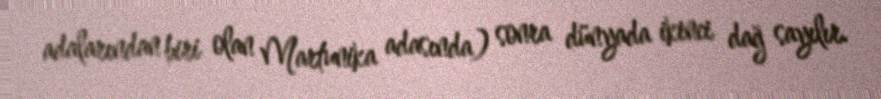
adalarından biri olan Martunika adasında) sonra dünyada ikinci dağ sayılır.